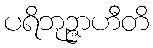
ပရိဘုဉ္ဇာဟီတိ